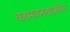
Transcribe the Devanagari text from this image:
कामवनतहसील